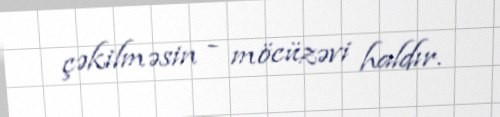
çəkilməsin - möcüzəvi haldır.